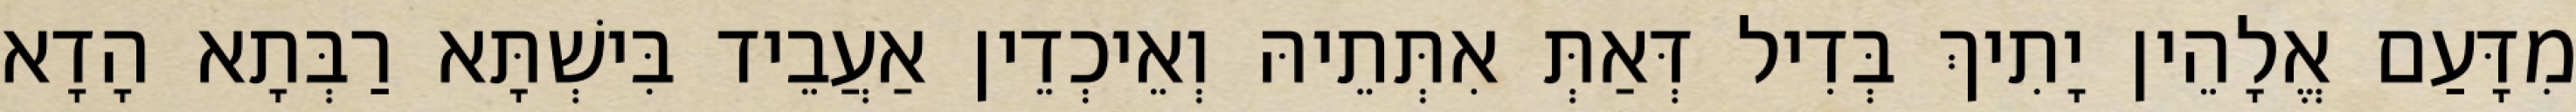
מִדָּעַם אֱלָהֵין יָתִיךְ בְּדִיל דְּאַתְּ אִתְּתֵיהּ וְאֵיכְדֵין אַעֲבֵיד בִּישְׁתָּא רַבְּתָא הָדָא